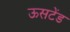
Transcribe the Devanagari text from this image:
ऊसटेंड